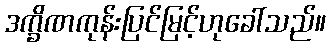
ဒက္ခိဏကုန်းပြင်မြင့်ဟုခေါ်သည်။